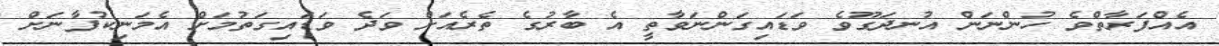
އެއްފަރާތްވެ ހުންނަން އުނދަގޫވެ ވަޑައިގަންނަވާތީ އެ ބާރުގެ ތެރެއަށް ވަދެ ވަޑައިގަތުމަށް އެމަނިކުފާނަށް